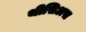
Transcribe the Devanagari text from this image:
थीसिअस